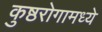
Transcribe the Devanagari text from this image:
कुष्ठरोगामध्ये